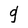
Character: g